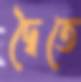
দ্বৈতে